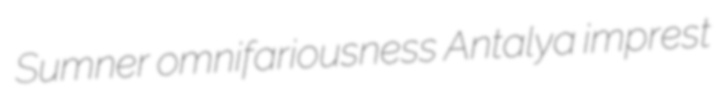
Sumner omnifariousness Antalya imprest